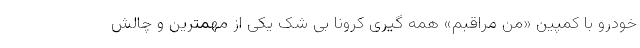
خودرو با کمپین «من مراقبم» همه گیری کرونا بی شک یکی از مهمترین و چالش